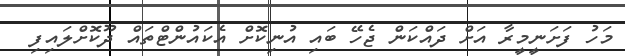
މަހު ފަށަނީމީރާ އަށް ދައްކަން ޖެހޭ ބައި އުނިކޮށް އެކައުންޓްތައް ދޫކޮށްލައިފި